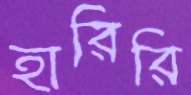
হারিরি